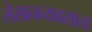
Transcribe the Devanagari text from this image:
लेखनव्यवसाय